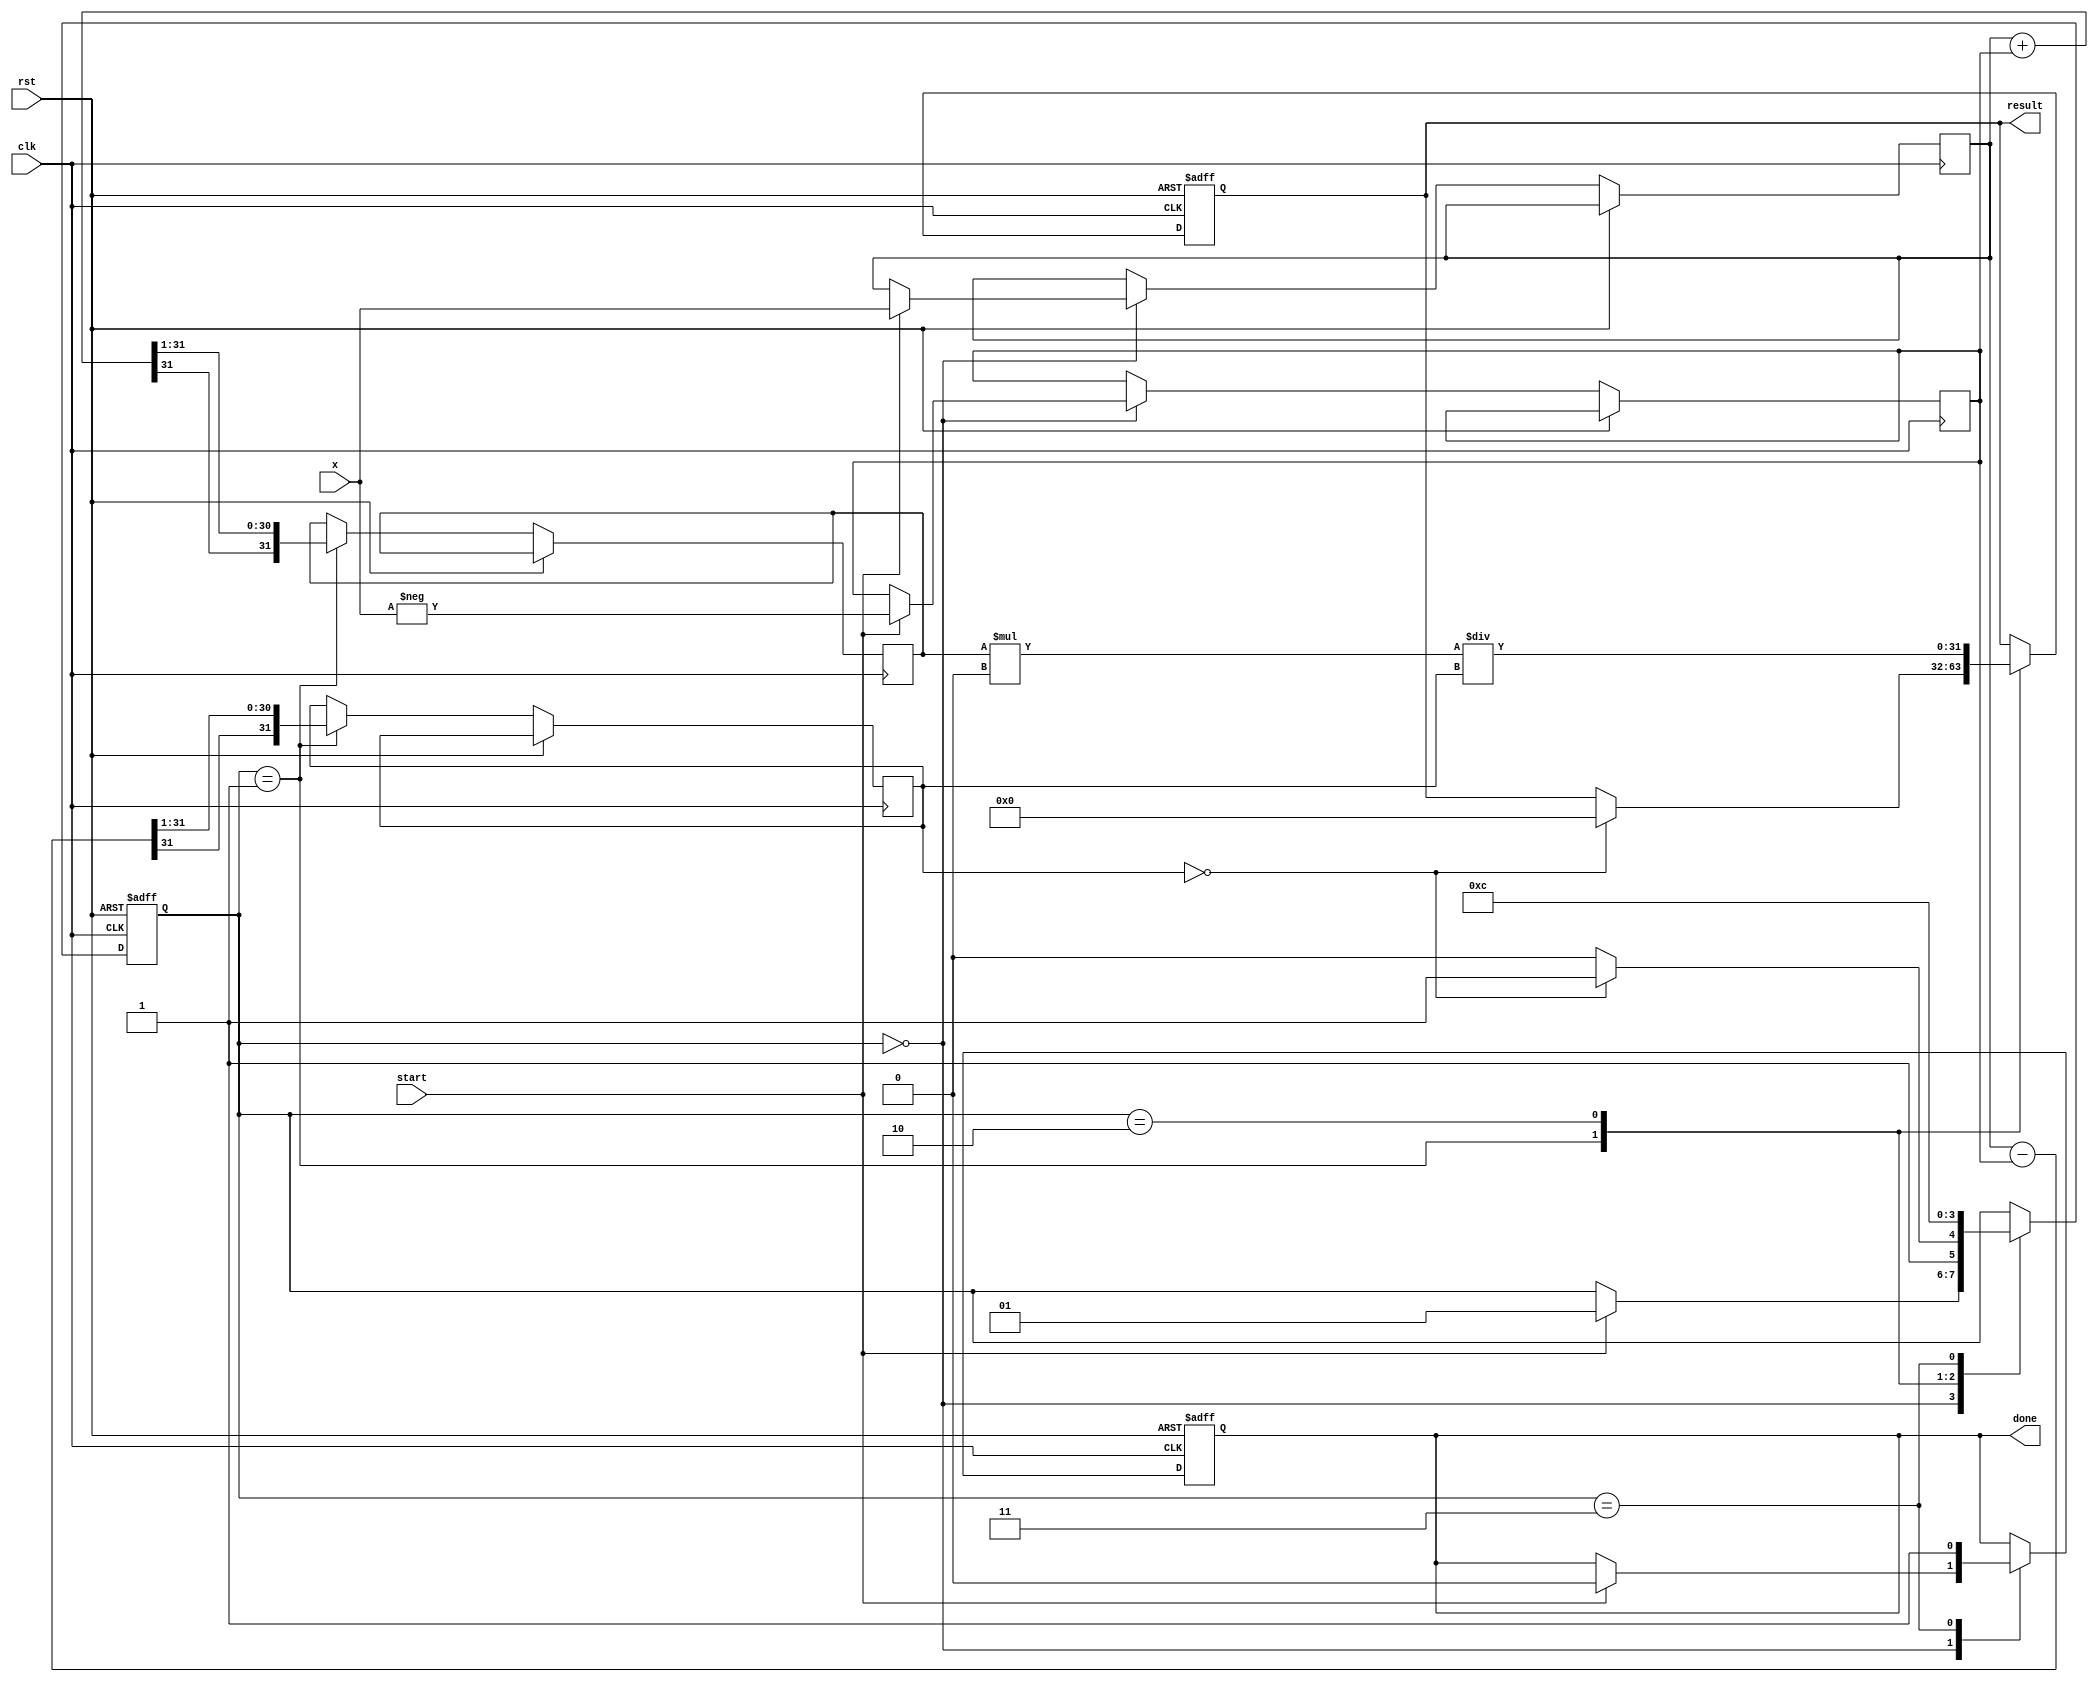
module coth (
    input wire signed [31:0] x, // Input value (fixed-point)
    output reg signed [31:0] result, // Output value (coth(x))
    input wire clk,
    input wire rst,
    input wire start,
    output reg done
);

    reg signed [31:0] exp_x;
    reg signed [31:0] exp_neg_x;
    reg signed [31:0] cosh_x;
    reg signed [31:0] sinh_x;
    reg [1:0] state;

    localparam IDLE = 2'b00;
    localparam CALC = 2'b01;
    localparam DIVIDE = 2'b10;
    localparam DONE = 2'b11;

    // Simple exponential approximation (for demonstration purposes)
    function signed [31:0] exp_function(input signed [31:0] value);
        // Placeholder for actual implementation of e^x
        // You can replace it with a more accurate method
        exp_function = value; // Placeholder, replace with actual exp calculation
    endfunction

    always @(posedge clk or posedge rst) begin
        if (rst) begin
            state <= IDLE;
            result <= 32'b0;
            done <= 1'b0;
        end else begin
            case (state)
                IDLE: begin
                    if (start) begin
                        exp_x <= exp_function(x);
                        exp_neg_x <= exp_function(-x);
                        state <= CALC;
                        done <= 1'b0;
                    end
                end
                CALC: begin
                    cosh_x <= (exp_x + exp_neg_x) >>> 1; // cosh(x)
                    sinh_x <= (exp_x - exp_neg_x) >>> 1; // sinh(x)
                    if (sinh_x == 32'b0) begin
                        result <= 32'b0; // Handle coth(0) case
                        state <= DONE;
                    end else begin
                        state <= DIVIDE;
                    end
                end
                DIVIDE: begin
                    result <= (cosh_x * 32'h100000000) / sinh_x; // Fixed-point division
                    state <= DONE;
                end
                DONE: begin
                    done <= 1'b1;
                    state <= IDLE; // Go back to IDLE
                end
            endcase
        end
    end
endmodule